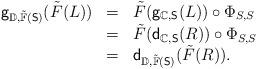
LaTeX: \begin{align*}\begin{array}{lll}\mathsf{g}_{\mathbb{D},\tilde{\mathbb{F}}(\mathsf{S})}(\tilde{F}(L))&=&\tilde{F}(\mathsf{g}_{\mathbb{C},\mathsf{S}}(L))\circ\Phi_{S,S}\\&=&\tilde{F}(\mathsf{d}_{\mathbb{C},\mathsf{S}}(R))\circ\Phi_{S,S}\\&=&\mathsf{d}_{\mathbb{D},\tilde{\mathbb{F}}(\mathsf{S})}(\tilde{F}(R)).\end{array}\end{align*}